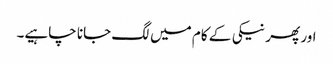
اور پھر نیکی کے کام میں لگ جانا چاہیے۔